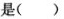
是()